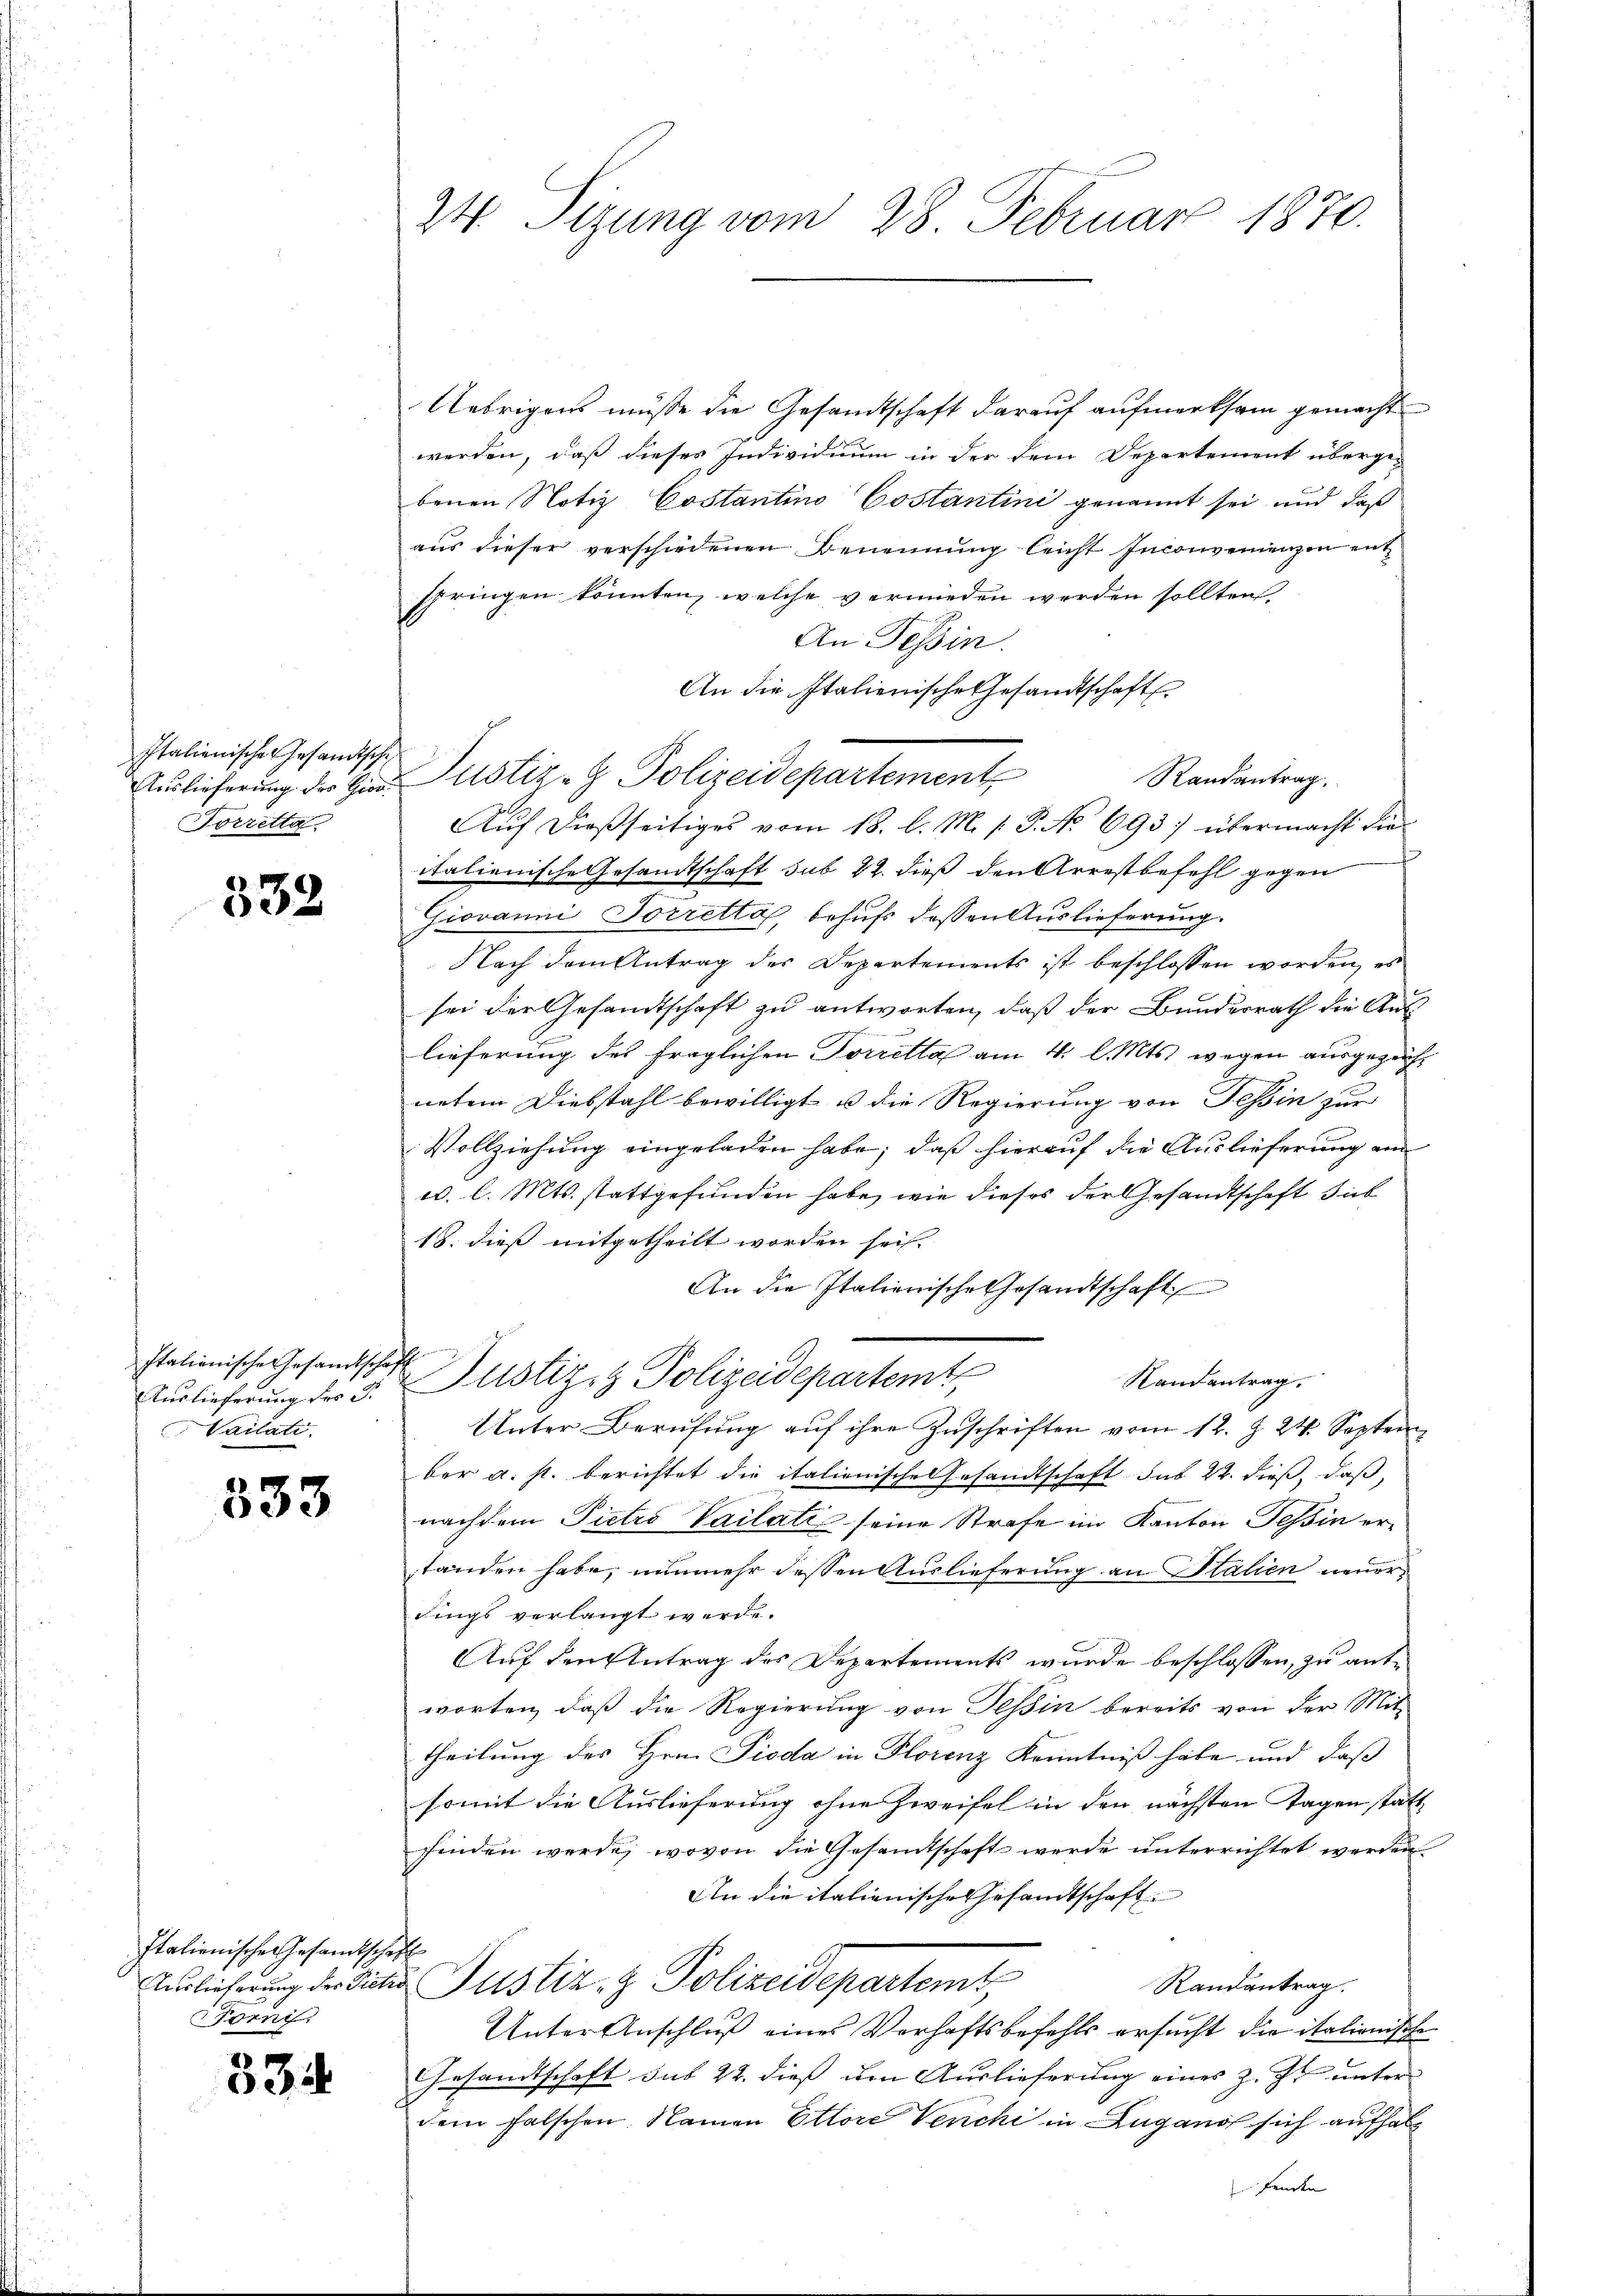
Italienische Gesandtsche
Forretta

332

Italionische Gesandtschaft
Auslieferung des 3.
Vailate.

333

Italienische Gesandtschaff
Fornis.

334.

24. Sizung vom 28. Februar 1870.

Uebrigens müsse die Gesandtschaft darauf aufmerksam gemacht
werden, daß dieses Individuum in der dem Departement übergebenen Notiz Costantino Costantini genannt sei und daß
aus dieser verschiedenen Benennung leicht Inconvenienzen ent
springen könnten, welche vermieden werden sollten,
An Tessin.
An die Italienische Gesandtschaft
Randantrag
Auslieferung der Gar Pustiz- & Polizeidepartement
Aŭf dießseitiges vom 18. l. M. s. S. No 693. übermacht die
italienische Gesandtschaft sub 22. dieß den Arrestbefehl gegen
Giovanni Torretta, behufs dessen Auslieferung.
Nach dem Antrag des Departements ist beschlossen worden, es
sei der Gesandtschaft zu antworten, daß der Bundesrath die Aus-
lieferung des fraglichen Torretta am 4. l. Mts. wegen ausgezeicht
netem Diebstahl bewilligt u die Regierung von Tessin zur
Vollziehung eingeladen habe; daß hierauf die Auslieferung an
c. l. Mts. stattgefunden habe, wie dieses der Gesandtschaft sieb
18. dieß mitgetheilt worden sei.
An die Italienische Gesandtschaft
Justiz & Polizeidepartemt
Randantrag.
Unter Berŭfŭng aŭf ihre Zŭschriften vom 12. Z. 24. Septem
ber a. s. berichtet die italienische Gesandtschaft des 22. dieß, daß
nachdem Pietro Vailatin seine Strafe im Kanton Tessin erstanden habe, nunmehr dessen Auslieferung an Stalien neuer
dings verlangt werde.
Auf den Antrag des Departements wurde beschlossen, zu antworten, daß die Regierung von Tessin bereits von der Mit-
theilung des Hrn. Pioda in Florenz Kenntniß habe und daß
somit die Auslieferung ohne Zweifel in den nächsten Tagen statt. |
finden werde; wovon die Gesamtschaft werde unterrichtet werden
An die italienische Gesandtschaft
Alicherung der die Justiz- & Polizeidepartemt
Randantrag.
Unter Anschluß eines Verhaftsbefehls ersucht die italionische
Gesandtschaft sub 22. dieß den Auslieferung eines z. Zt. unter
dem falschen Namen Ettore Venchi in Lugano sich aufhalfenden